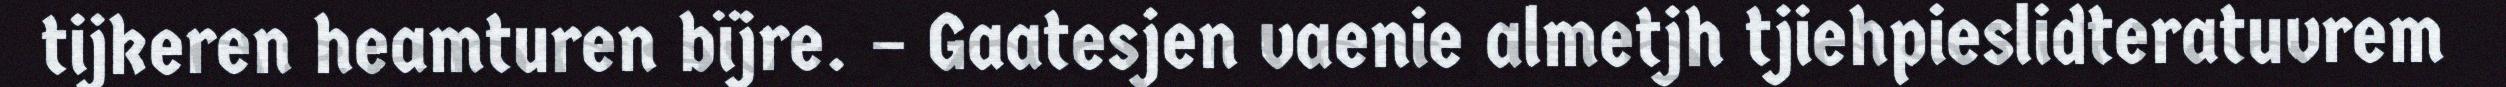
tijkeren heamturen bïjre. – Gaatesjen vaenie almetjh tjiehpieslidteratuvrem